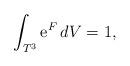
LaTeX: \begin{align*}\int_{T^3}\mathrm e^F\,dV=1,\end{align*}